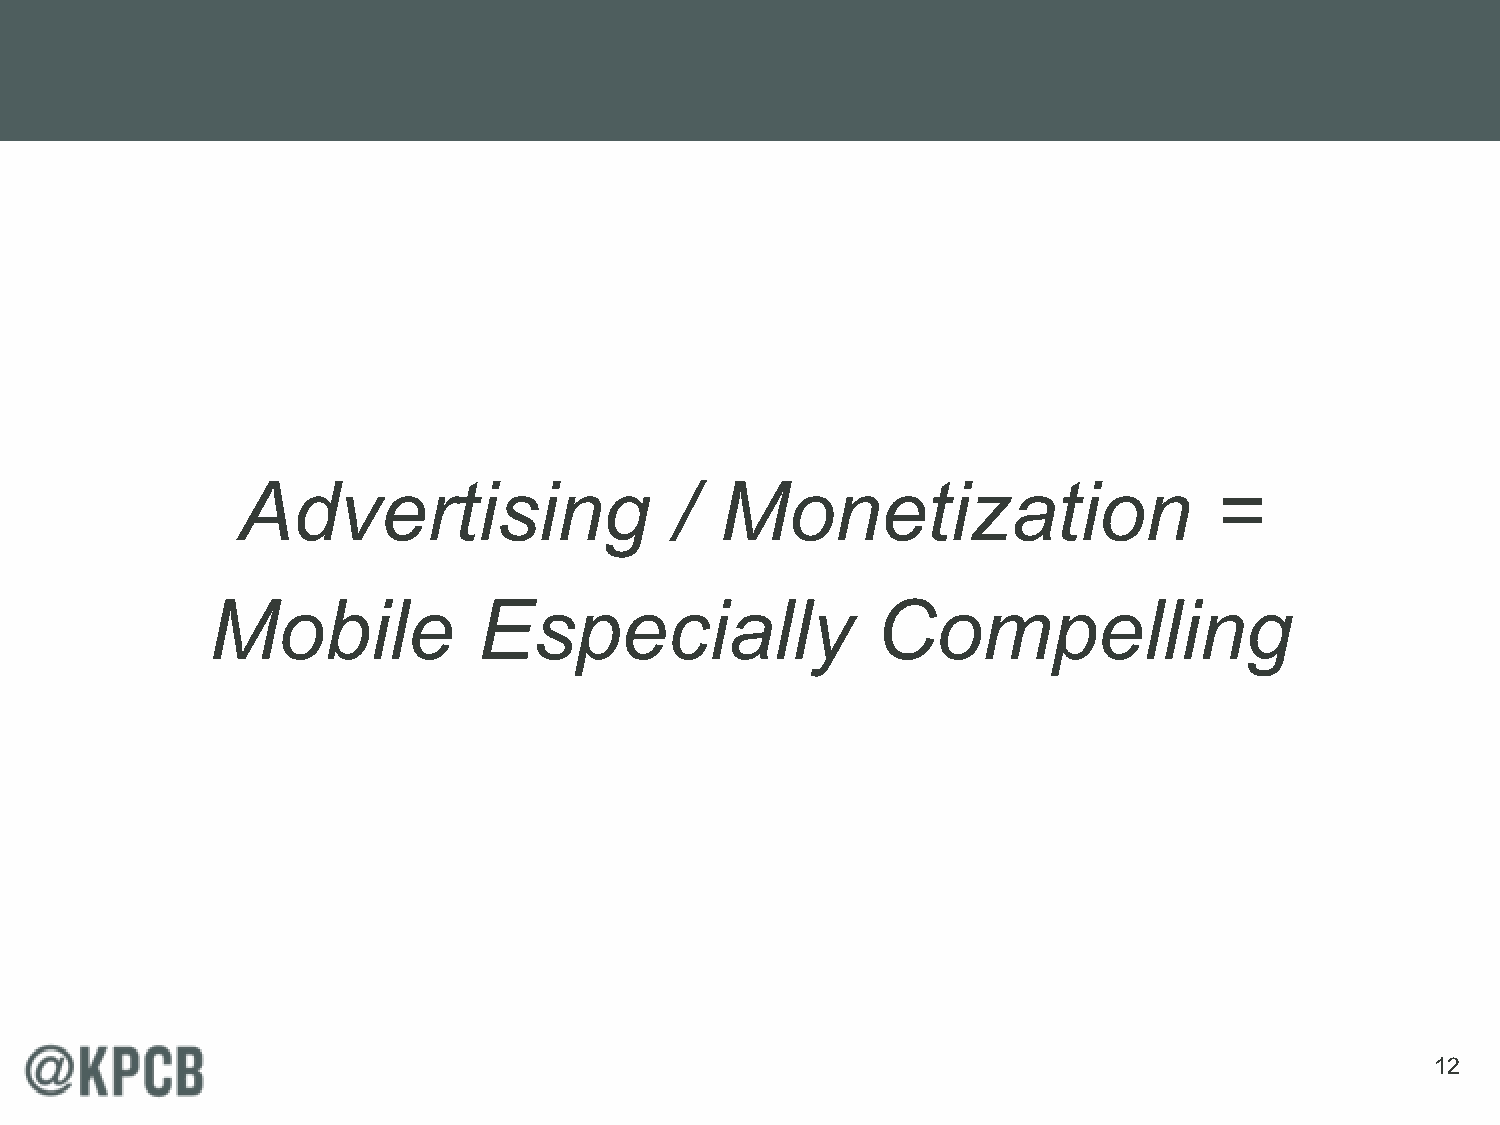
Advertising                  /  Monetization                    =
 Mobile            Especially                Compelling
 12